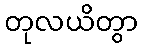
တုလယိတွာ